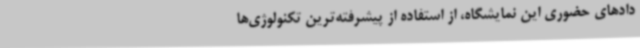
دادهای حضوری این نمایشگاه، از استفاده از پیشرفته‌ترین تکنولوژی‌ها